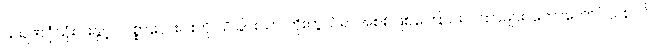
သရဏဂုံသုံးပါးနှင့် သစ္စာလေးပါးကို သိခြင်းသာ ကိုးကွယ်ရာအစစ်ဖြစ်ကြောင်း ဂါထာများ၊ တောတောင်သစ်ပင်